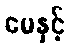
မေနှင့်